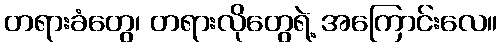
တရားခံတွေ၊ တရားလိုတွေရဲ့ အကြောင်းလေ။